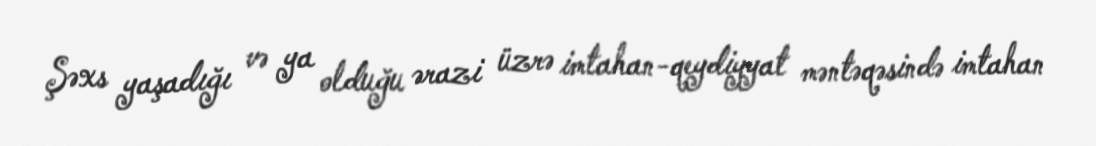
Şəxs yaşadığı və ya olduğu ərazi üzrə imtahan-qeydiyyat məntəqəsində imtahan